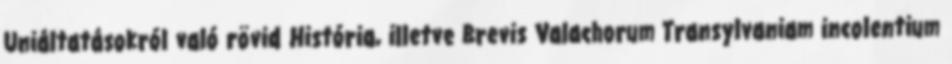
Uniáltatásokról való rövid História, illetve Brevis Valachorum Transylvaniam incolentium